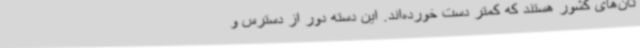
تان‌های کشور هستند که کمتر دست خورده‌اند. این دسته دور از دسترس و